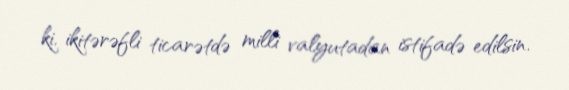
ki, ikitərəfli ticarətdə milli valyutadan istifadə edilsin.